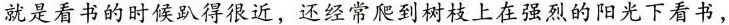
就是看书的时候趴得很近，还经常爬到树枝上在强烈的阳光下看书，